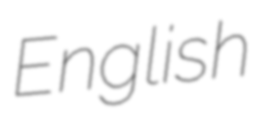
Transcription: English